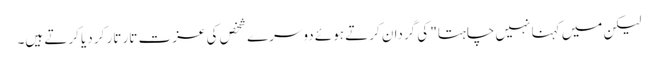
لیکن میں کہنا نہیں چاہتا" کی گردان کرتے ہوئے دوسرے شخص کی عزت تار تار کر دیا کرتے ہیں۔